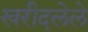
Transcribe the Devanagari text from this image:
खरीदलेले